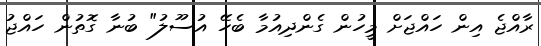
ރާއްޖެ އިން ހައްޖަށް މީހުން ގެންދިއުމާ ބެހޭ އުސޫލު" ބުނާ ގޮތުން ހައްޖު